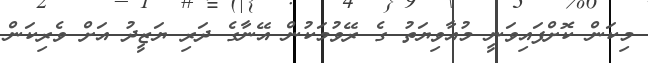
މިކަން ކޮށްފައިވަނީ މުއާވިޔަތު ގެ ރޭވުމަކުން އޭނާގެ ދަރި ޔަޒީދު އަށް ވެރިކަން